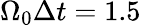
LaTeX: \Omega_{0}\Delta{t}=1.5